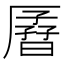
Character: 𫨟